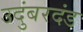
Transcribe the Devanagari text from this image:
उदुंबरदंड